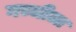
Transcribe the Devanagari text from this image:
गच्चीला